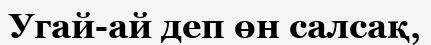
Угай-ай деп өн салсақ,